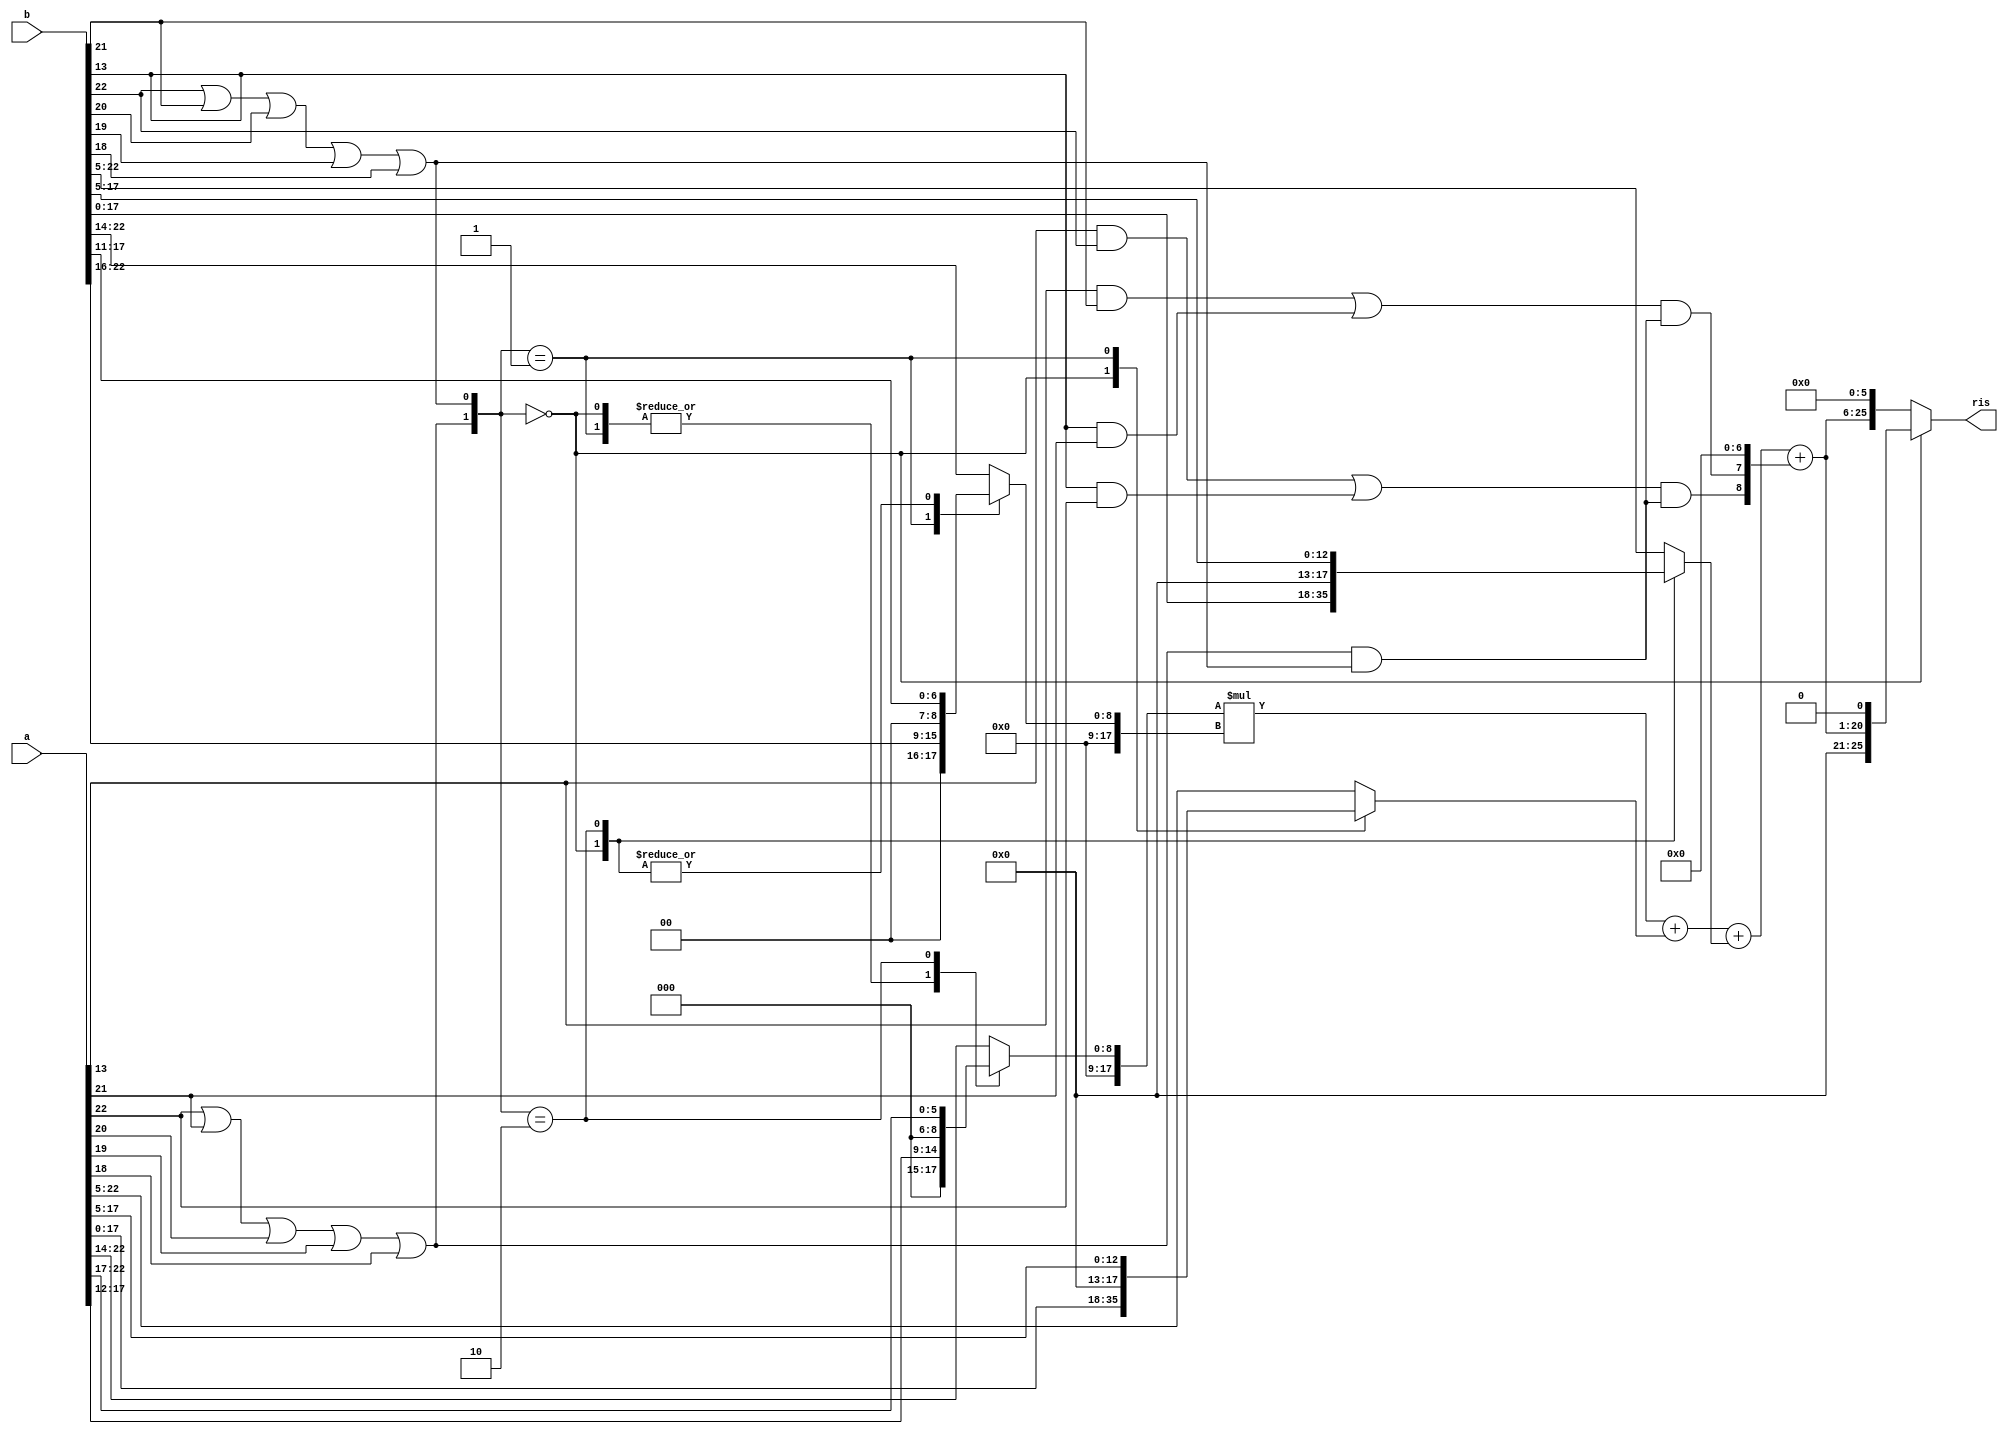
module MMssm_corr2_n23_m18(a, b, ris);

input wire [22:0] a;
input wire [22:0] b;
output wire [25:0] ris;

wire alfa_a, alfa_b;
reg  [17:0] assm, bssm;

assign alfa_a = (a[22] || a[21] || a[20] || a[19] || a[18]);
assign alfa_b = (b[22] || b[21] || b[20] || b[19] || b[18]);

always@* begin
    case({alfa_a,alfa_b})
        2'b00 : assm <= a[17:12];
        2'b01 : assm <= a[17:12];
        2'b10 : assm <= a[22:17];
        default: assm <= a[22:14];
    endcase
end

always@* begin
    case({alfa_a,alfa_b})
        2'b00 : bssm <= b[17:11];
        2'b01 : bssm <= b[22:16];
        2'b10 : bssm <= b[17:11];
        default: bssm <= b[22:14];
    endcase
end

reg [17:0] assum,bssum;
always@* begin
    case({alfa_a,alfa_b})
        2'b00 : assum <= a[17:0];
        2'b01 : assum <= a[17:5];
        2'b10 : assum <= a[22:5];
        default: assum <= a[22:5];
    endcase
end

always@* begin
    case({alfa_a,alfa_b})
        2'b00 : bssum <= b[17:0];
        2'b01 : bssum <= b[22:5];
        2'b10 : bssum <= b[17:5];
        default: bssum <= b[22:5];
    endcase
end

// **** CORRECTION FACTOR ****
wire f11;
assign f11= alfa_a && alfa_b;
wire [19:0] correction_MSP;
assign correction_MSP = {(((a[13] && b[22]) || (b[13] && a[22])) && f11), (((a[13] && b[21]) || (b[13] && a[21])) && f11), 7'd0};

wire [19:0] mac_ssm;
assign mac_ssm = assm* /* cadence sub_arch non_booth */ bssm + assum + bssum + correction_MSP;

assign ris = ({alfa_a, alfa_b}==2'd0)? {mac_ssm,1'd0} : {mac_ssm, 6'd0};
endmodule